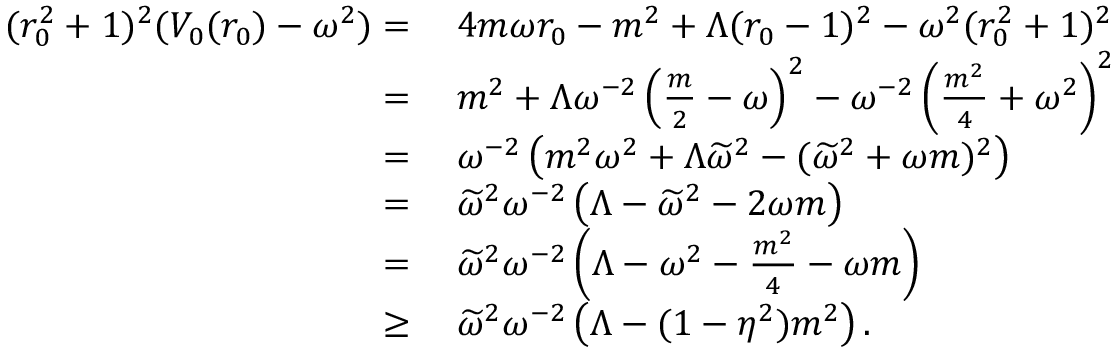
\begin{array} { r l } { ( r _ { 0 } ^ { 2 } + 1 ) ^ { 2 } ( V _ { 0 } ( r _ { 0 } ) - \omega ^ { 2 } ) = } & { \: 4 m \omega r _ { 0 } - m ^ { 2 } + \Lambda ( r _ { 0 } - 1 ) ^ { 2 } - \omega ^ { 2 } ( r _ { 0 } ^ { 2 } + 1 ) ^ { 2 } } \\ { = } & { \: m ^ { 2 } + \Lambda \omega ^ { - 2 } \left( \frac { m } { 2 } - \omega \right) ^ { 2 } - \omega ^ { - 2 } \left( \frac { m ^ { 2 } } { 4 } + \omega ^ { 2 } \right) ^ { 2 } } \\ { = } & { \: \omega ^ { - 2 } \left( m ^ { 2 } \omega ^ { 2 } + \Lambda \widetilde { \omega } ^ { 2 } - ( \widetilde { \omega } ^ { 2 } + \omega m ) ^ { 2 } \right) } \\ { = } & { \: \widetilde { \omega } ^ { 2 } \omega ^ { - 2 } \left( \Lambda - \widetilde { \omega } ^ { 2 } - 2 \omega m \right) } \\ { = } & { \: \widetilde { \omega } ^ { 2 } \omega ^ { - 2 } \left( \Lambda - \omega ^ { 2 } - \frac { m ^ { 2 } } { 4 } - \omega m \right) } \\ { \geq } & { \: \widetilde { \omega } ^ { 2 } \omega ^ { - 2 } \left( \Lambda - ( 1 - \eta ^ { 2 } ) m ^ { 2 } \right) . } \end{array}